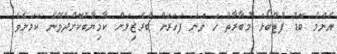
އެންމެ ބޮޑު ފުޓްބޯޅަ މުބާރާތް ހަ ވަނަ ފަހަރަށް ބްރެޒިލަށް ކާމިޔާބުކޮށްދެވޭނެ ކަމަށެވެ.